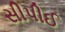
સીપીઈ